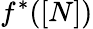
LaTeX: f^{*}([N])